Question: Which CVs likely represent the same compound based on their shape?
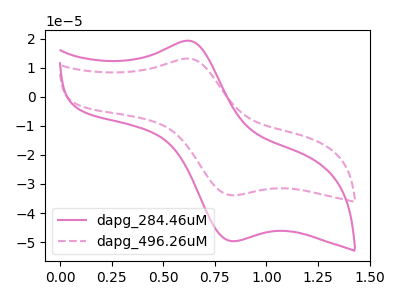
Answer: <think>The pink curve "dapg_284.46uM" has an anodic peak at (0.60V, 19.30uA) and a cathodic peak at (0.85V, -49.65uA). The pink dashed curve "dapg_496.26uM" has an anodic peak at (0.60V, 13.20uA) and a cathodic peak at (0.85V, -33.90uA).
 All the peaks in "dapg_284.46uM" have a peak in "dapg_496.26uM" at the same potential. Every peak in "dapg_284.46uM" is higher than every peak in "dapg_496.26uM".</think>
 <answer>"dapg_496.26uM" and "dapg_284.46uM" have the same shape and are likely CV's of the same chemical.</answer>
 <eval>"dapg_496.26uM" "dapg_284.46uM"</eval>